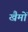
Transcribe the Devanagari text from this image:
खैमों